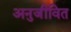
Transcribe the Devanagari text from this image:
अनुजीवित